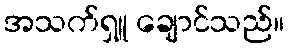
အသက်ရှူ ချောင်သည်။